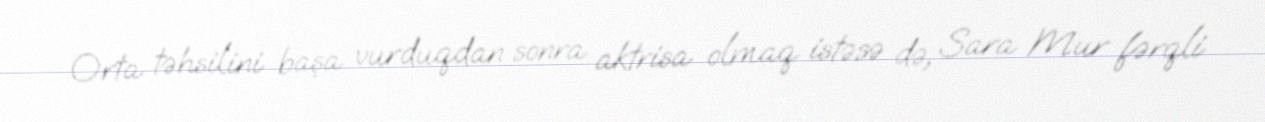
Orta təhsilini başa vurduqdan sonra aktrisa olmaq istəsə də, Sara Mur fərqli